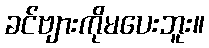
ခင်ဗျားကိုမပေးဘူး။